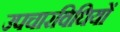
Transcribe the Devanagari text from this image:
उपचारविधियों